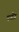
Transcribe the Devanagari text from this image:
पवीत्र